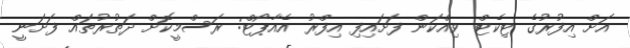
އަށް އިފުރުގެ ޓިކެޓް ވިއްކަން ފަށައިފި އިފްރު އެއާޕޯޓް: ރަސްމީކޮށް ދަތުރުތައް ފަށަނީ